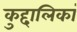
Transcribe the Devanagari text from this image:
कुद्दालिकां